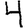
Digit: 4